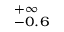
^ { + \infty } _ { - 0 . 6 }